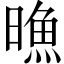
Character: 𣊘